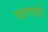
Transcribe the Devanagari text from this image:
घाटपांडे